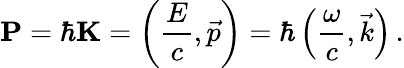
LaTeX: \mathbf{P}=\hbar\mathbf{K}=\left({\frac{E}{c}},{\vec{p}}\right)=\hbar\left({\frac{\omega}{c}},{\vec{k}}\right)\, .